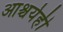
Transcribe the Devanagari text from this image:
आश्चर्यही